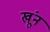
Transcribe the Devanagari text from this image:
खूंन